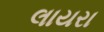
લાયરા